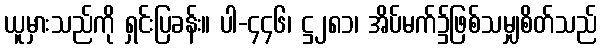
ယူမှားသည်ကို ရှင်းပြခန်း။ ပါ-၄၄၆၊ ဋ္ဌ၂၈၁၊ အိပ်မက်၌ဖြစ်သမျှစိတ်သည်